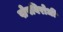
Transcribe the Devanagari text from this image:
पोपविरोधी